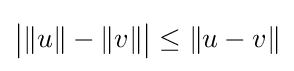
{\big |}\|u\|-\|v\|{\big |}\leq \|u-v\|